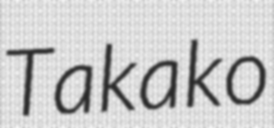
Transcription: Takako